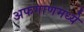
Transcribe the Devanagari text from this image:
अफगाणमध्ये